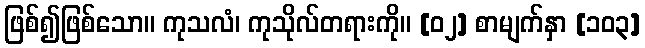
ဖြစ်၍ဖြစ်သော။ ကုသလံ၊ ကုသိုလ်တရားကို။ [၀၂] စာမျက်နှာ [၁၀၃]